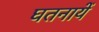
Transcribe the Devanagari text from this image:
घतनायें